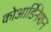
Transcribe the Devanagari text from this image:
कोआर्डिनेशन